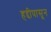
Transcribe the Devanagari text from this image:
हद्दीपासून